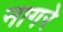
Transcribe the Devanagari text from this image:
नागरे